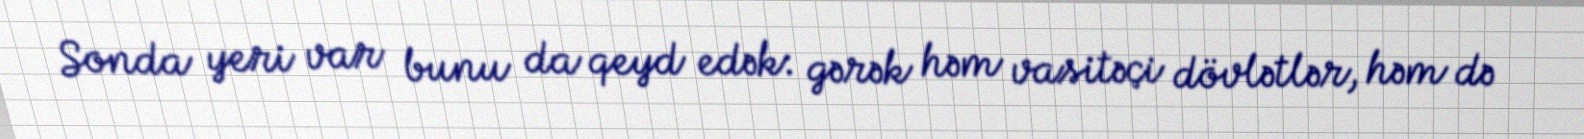
Sonda yeri var bunu da qeyd edək: gərək həm vasitəçi dövlətlər, həm də